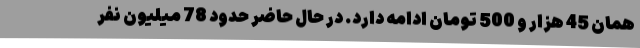
همان 45 هزار و 500 تومان ادامه دارد. در حال حاضر حدود 78 میلیون نفر